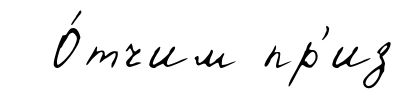
О́тчим пр'из